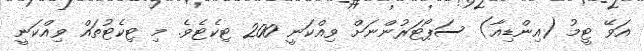
އަވޭ ޓީމު (އިންޑިއާ) ސަޕޯޓަރުންނަށް ވިއްކަނީ 200 ޓިކެޓެވެ. މި ޓިކެޓުތައް ވިއްކަނީ